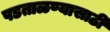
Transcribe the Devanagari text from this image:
पडताळण्यासाठी